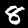
Label: 8